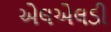
એલએલડી